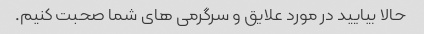
حالا بیایید در مورد علایق و سرگرمی های شما صحبت کنیم.